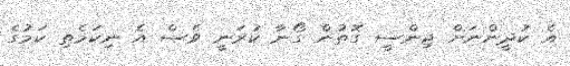
އެ ކުދީންނަށް ޖިންސީ ގޮތުން ގޯނާ ކުރަނީ ވެސް އެ ނިކަމެތި ކަމުގެ